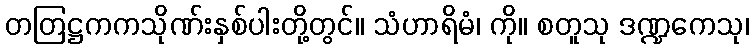
တတြဋ္ဌကကသိုဏ်းနှစ်ပါးတို့တွင်။ သံဟာရိမံ၊ ကို။ စတူသု ဒဏ္ဍကေသု၊